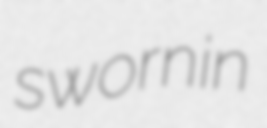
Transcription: sworn in